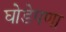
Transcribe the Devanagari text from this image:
घोडेपणा